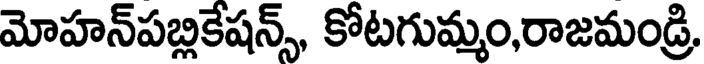
మోహన్పబ్లికేషన్స్, కోటగుమ్మం,రాజమండ్రి,